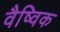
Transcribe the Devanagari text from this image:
वैष्विक